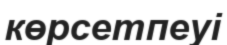
көрсетпеуі